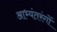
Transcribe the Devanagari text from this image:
आभ्यंतरंगों